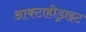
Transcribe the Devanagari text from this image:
आक्टाहीड्राइट